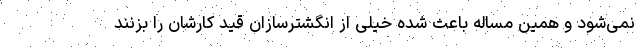
نمی‌شود و همین مساله باعث شده خیلی از انگشترسازان قید کارشان را بزنند